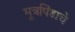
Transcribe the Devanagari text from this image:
मूत्रपिंडाचे